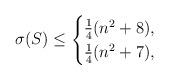
LaTeX: \begin{align*}\sigma(S)\leq \begin{cases}\frac{1}{4}(n^2+8), &\\\frac{1}{4}(n^2+7), &\end{cases}\end{align*}